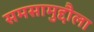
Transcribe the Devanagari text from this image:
समसामुद्दौला